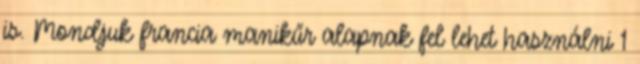
is. Mondjuk francia manikűr alapnak fel lehet használni 1